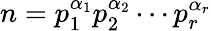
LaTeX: n=p_{1}^{\alpha_{1}}p_{2}^{\alpha_{2}}\cdots p_{r}^{\alpha_{r}}